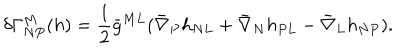
\delta \Gamma _ { N P } ^ { M } ( h ) = { \frac { 1 } { 2 } } \bar { g } ^ { M L } ( \bar { \nabla } _ { P } h _ { N L } + \bar { \nabla } _ { N } h _ { P L } - \bar { \nabla } _ { L } h _ { N P } ) .